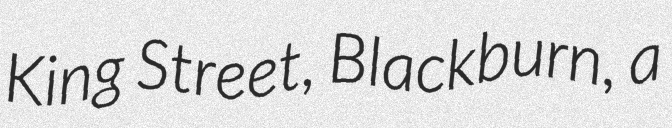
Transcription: King Street, Blackburn, a